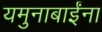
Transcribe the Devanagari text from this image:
यमुनाबाईंना